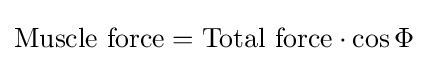
{\text{Muscle force}}={\text{Total force}}\cdot \cos \Phi